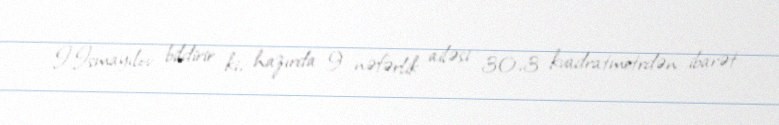
İ.İsmayılov bildirir ki, hazırda 9 nəfərlik ailəsi 30,3 kvadratmetrdən ibarət